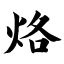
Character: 烙